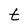
Character: t